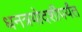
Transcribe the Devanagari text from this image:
धनत्रयोदशीपर्यंत